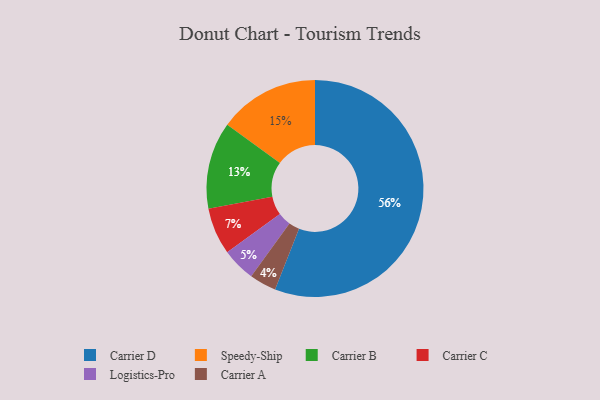
{"axis": {"x": "Category", "y": "Percentage"}, "legend": ["Carrier A", "Carrier B", "Carrier C", "Carrier D", "Logistics-Pro", "Speedy-Ship"], "data": [{"x": "Carrier C", "y": 7, "type": "Carrier C"}, {"x": "Carrier B", "y": 13, "type": "Carrier B"}, {"x": "Carrier A", "y": 4, "type": "Carrier A"}, {"x": "Carrier D", "y": 56, "type": "Carrier D"}, {"x": "Speedy-Ship", "y": 15, "type": "Speedy-Ship"}, {"x": "Logistics-Pro", "y": 5, "type": "Logistics-Pro"}]}